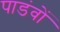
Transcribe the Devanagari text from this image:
पाडंवों